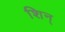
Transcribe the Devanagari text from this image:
शिन्‌